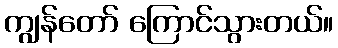
ကျွန်တော် ကြောင်သွားတယ်။